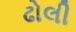
ઢોલી